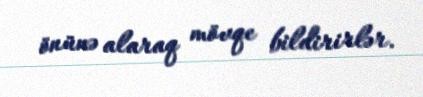
önünə alaraq mövqe bildirirlər.